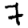
Digit: 7